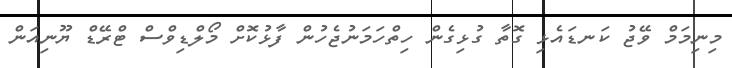
މިނިމަމް ވޭޖު ކަނޑައެޅި ގޮތާ ގުޅިގެން ހިތްހަމަނުޖެހުން ފާޅުކޮށް މޯލްޑިވްސް ޓްރޭޑް ޔޫނިއަން